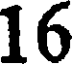
16